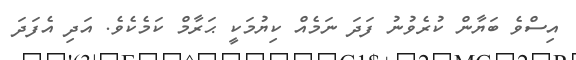
އިސްވެ ބަޔާން ކުރެވުނު ފަދަ ނަމެއް ކިޔުމަކީ ޙަރާމް ކަމެކެވެ. އަދި އެފަދަ